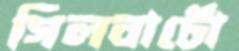
গিলবার্টো